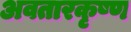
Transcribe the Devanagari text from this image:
अवतारकृष्ण